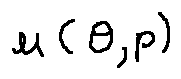
u ( \theta , p )